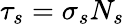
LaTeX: \tau_{s}=\sigma_{s}N_{s}